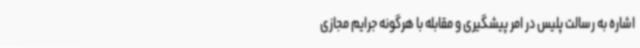
اشاره به رسالت پلیس در امر پیشگیری و مقابله با هرگونه جرایم مجازی